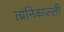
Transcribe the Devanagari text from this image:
त्य्रंनिकाल्ली